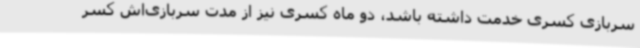
سربازی کسری خدمت داشته باشد، دو ماه کسری نیز از مدت سربازی‌اش کسر